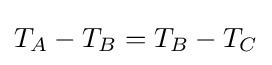
T_{A}-T_{B}=T_{B}-T_{C}